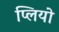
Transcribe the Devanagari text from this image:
प्लियो